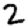
Digit: 2